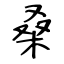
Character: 桑